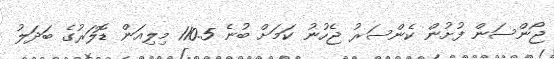
ޖޯންސަން ފުށުން ކެންސަރު ޖެހުނު ކަމަށް ބުނެ 110.5 މިލިއަން ޑޮލަރުގެ ބަދަލު